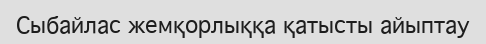
Сыбайлас жемқорлыққа қатысты айыптау